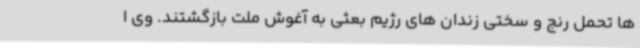
ها تحمل رنج و سختی زندان های رژیم بعثی به آغوش ملت بازگشتند. وی ا